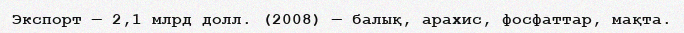
Экспорт — 2,1 млрд долл. (2008) — балық, арахис, фосфаттар, мақта.